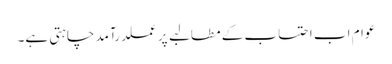
عوام اب احتساب کے مطالبے پر عملدرآمد چاہتی ہے۔